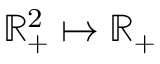
\mathbb { R } _ { + } ^ { 2 } \mapsto \mathbb { R } _ { + }